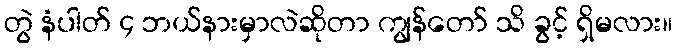
တွဲ နံပါတ် ၄ ဘယ်နားမှာလဲဆိုတာ ကျွန်တော် သိ ခွင့် ရှိမလား။